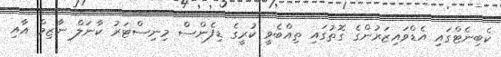
ކެބިނެޓްގައި އެޑްވައިޒަރުންގެ ގޮތުގައި ތިއްބެވީ ކުރީގެ ޑިފެންސް މިނިސްޓަރު ކާނަލް ނާޒިމް އާއި